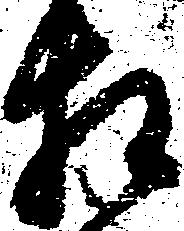
相